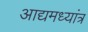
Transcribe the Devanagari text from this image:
आद्यमध्यांत्र